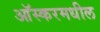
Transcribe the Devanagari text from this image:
आॅस्करमधील